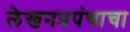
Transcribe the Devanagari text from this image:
लेखनप्रपंचाचा